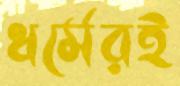
ধর্মেরই